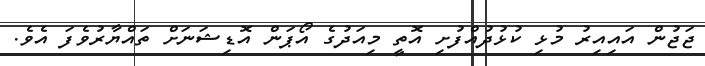
ޖަޖުން އައިއިރު މުޅި ކުޅުދުއްފުށި އޮތީ މިއަދުގެ އޯޕަން އޮޑިޝަނަށް ތައްޔާރުވެފަ އެވެ.